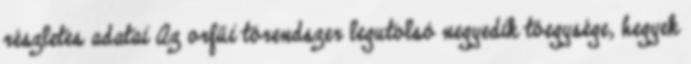
részletes adatai Az orfűi tórendszer legutolsó negyedik tóegysége, hegyek